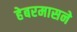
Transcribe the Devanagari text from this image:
हेबरमासने